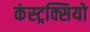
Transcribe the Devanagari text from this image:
कंस्ट्रक्सियो